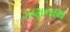
ગણનાથ